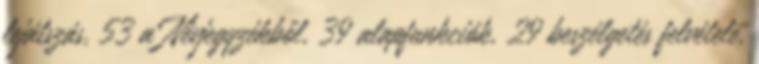
lejátszás, 53 a Névjegyzékből, 39 alapfunkciók, 29 beszélgetés felvétele,